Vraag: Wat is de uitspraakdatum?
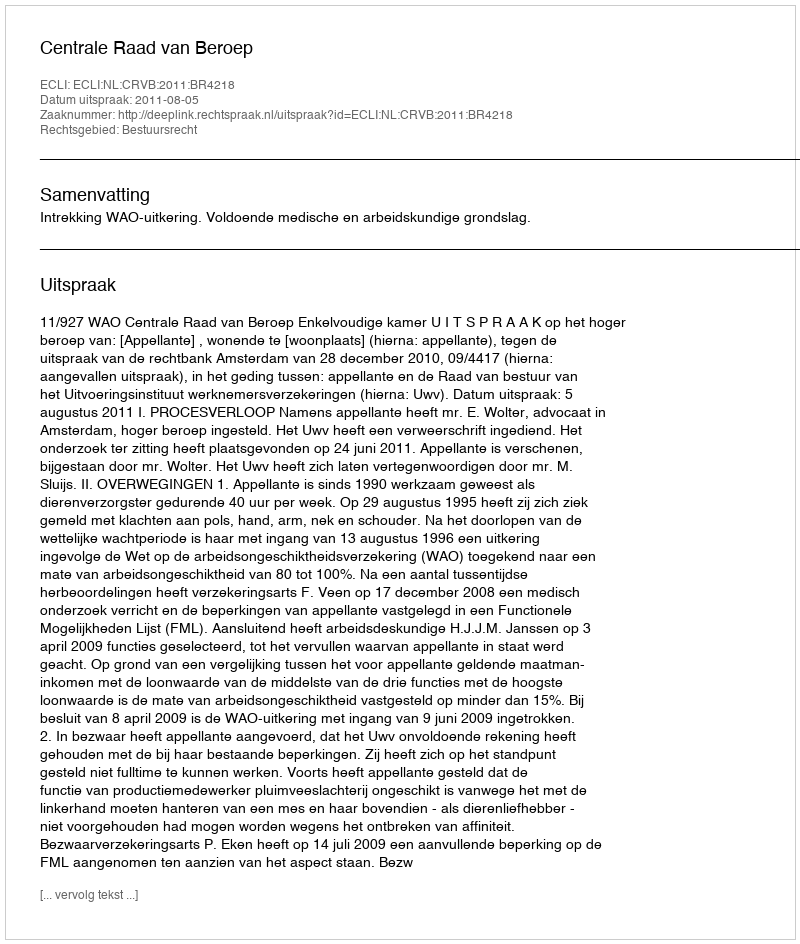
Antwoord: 2011-08-05